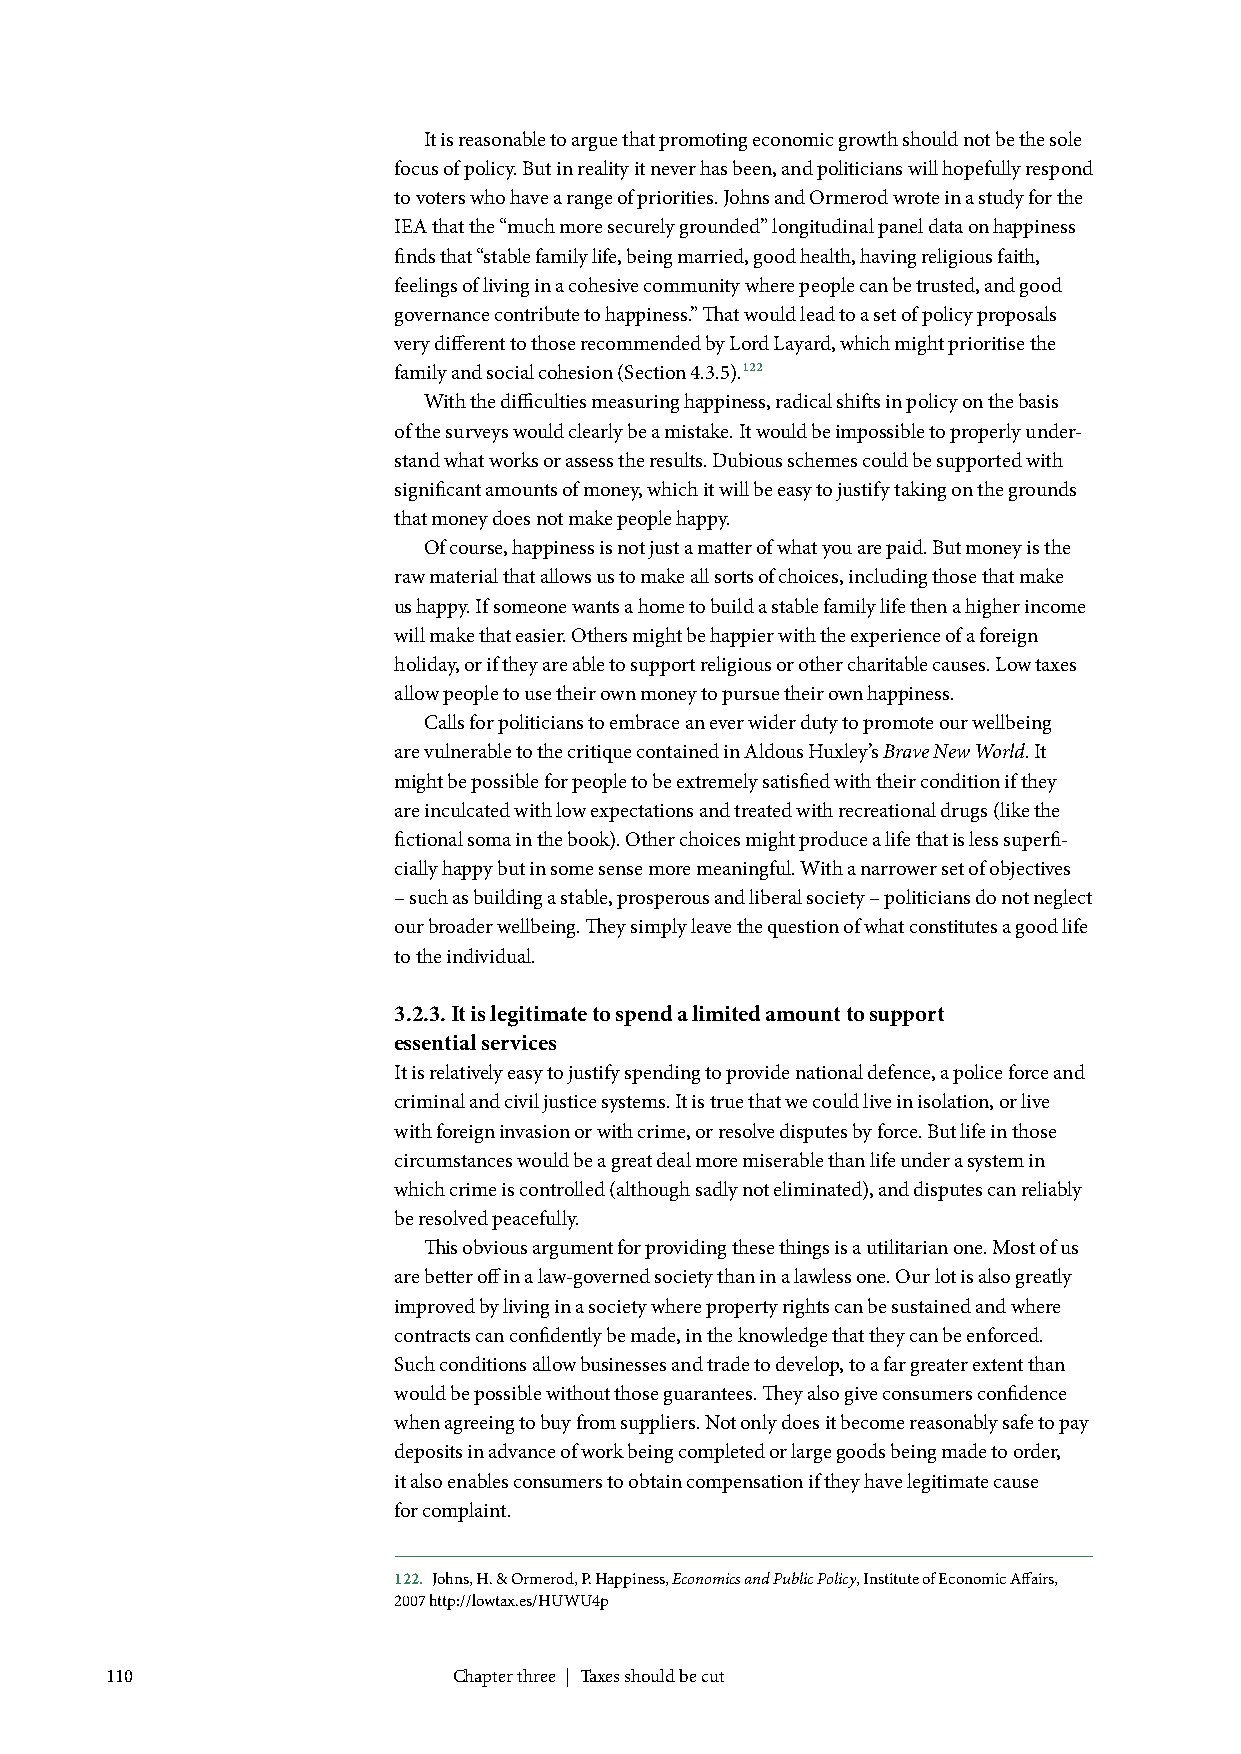
It is reasonable to argue that promoting economic growth should not be the sole
 focus of policy. But in reality it never has been, and politicians will hopefully respond
 to voters who have a range of priorities. Johns and Ormerod wrote in a study for the
 IEA that the “much more securely grounded” longitudinal panel data on happiness
 finds that “stable family life, being married, good health, having religious faith,
 feelings of living in a cohesive community where people can be trusted, and good
 governance contribute to happiness.” That would lead to a set of policy proposals
 very different to those recommended by Lord Layard, which might prioritise the
 family and social cohesion (Section 4.3.5).122
 With the difficulties measuring happiness, radical shifts in policy on the basis
 of the surveys would clearly be a mistake. It would be impossible to properly under-
 stand what works or assess the results. Dubious schemes could be supported with
 significant amounts of money, which it will be easy to justify taking on the grounds
 that money does not make people happy.
 Of course, happiness is not just a matter of what you are paid. But money is the
 raw material that allows us to make all sorts of choices, including those that make
 us happy. If someone wants a home to build a stable family life then a higher income
 will make that easier. Others might be happier with the experience of a foreign
 holiday, or if they are able to support religious or other charitable causes. Low taxes
 allow people to use their own money to pursue their own happiness.
 Calls for politicians to embrace an ever wider duty to promote our wellbeing
 are vulnerable to the critique contained in Aldous Huxley’s Brave New World. It
 might be possible for people to be extremely satisfied with their condition if they
 are inculcated with low expectations and treated with recreational drugs (like the
 fictional soma in the book). Other choices might produce a life that is less superfi-
 cially happy but in some sense more meaningful. With a narrower set of objectives
 – such as building a stable, prosperous and liberal society – politicians do not neglect
 our broader wellbeing. They simply leave the question of what constitutes a good life
 to the individual.
 3.2.3. It is legitimate to spend a limited amount to support
 essential services
 It is relatively easy to justify spending to provide national defence, a police force and
 criminal and civil justice systems. It is true that we could live in isolation, or live
 with foreign invasion or with crime, or resolve disputes by force. But life in those
 circumstances would be a great deal more miserable than life under a system in
 which crime is controlled (although sadly not eliminated), and disputes can reliably
 be resolved peacefully.
 This obvious argument for providing these things is a utilitarian one. Most of us
 are better off in a law-governed society than in a lawless one. Our lot is also greatly
 improved by living in a society where property rights can be sustained and where
 contracts can confidently be made, in the knowledge that they can be enforced.
 Such conditions allow businesses and trade to develop, to a far greater extent than
 would be possible without those guarantees. They also give consumers confidence
 when agreeing to buy from suppliers. Not only does it become reasonably safe to pay
 deposits in advance of work being completed or large goods being made to order,
 it also enables consumers to obtain compensation if they have legitimate cause
 for complaint.
 122. Johns, H. & Ormerod, P. Happiness, Economics and Public Policy, Institute of Economic Affairs,
 2007 http://lowtax.es/HUWU4p
 110                    Chapter three | Taxes should be cut